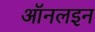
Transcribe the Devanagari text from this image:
ऑनलइन